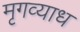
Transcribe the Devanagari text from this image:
मृगव्याध